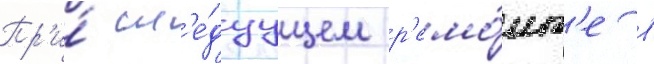
Пр'и́ сл'е́дуущем р'емо́нт'е в